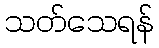
သတ်သေရန်